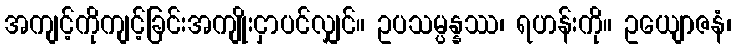
အကျင့်ကိုကျင့်ခြင်းအကျိုးငှာပင်လျှင်။ ဥပသမ္ပန္နဿ၊ ရဟန်းကို။ ဥယျောဇနံ၊